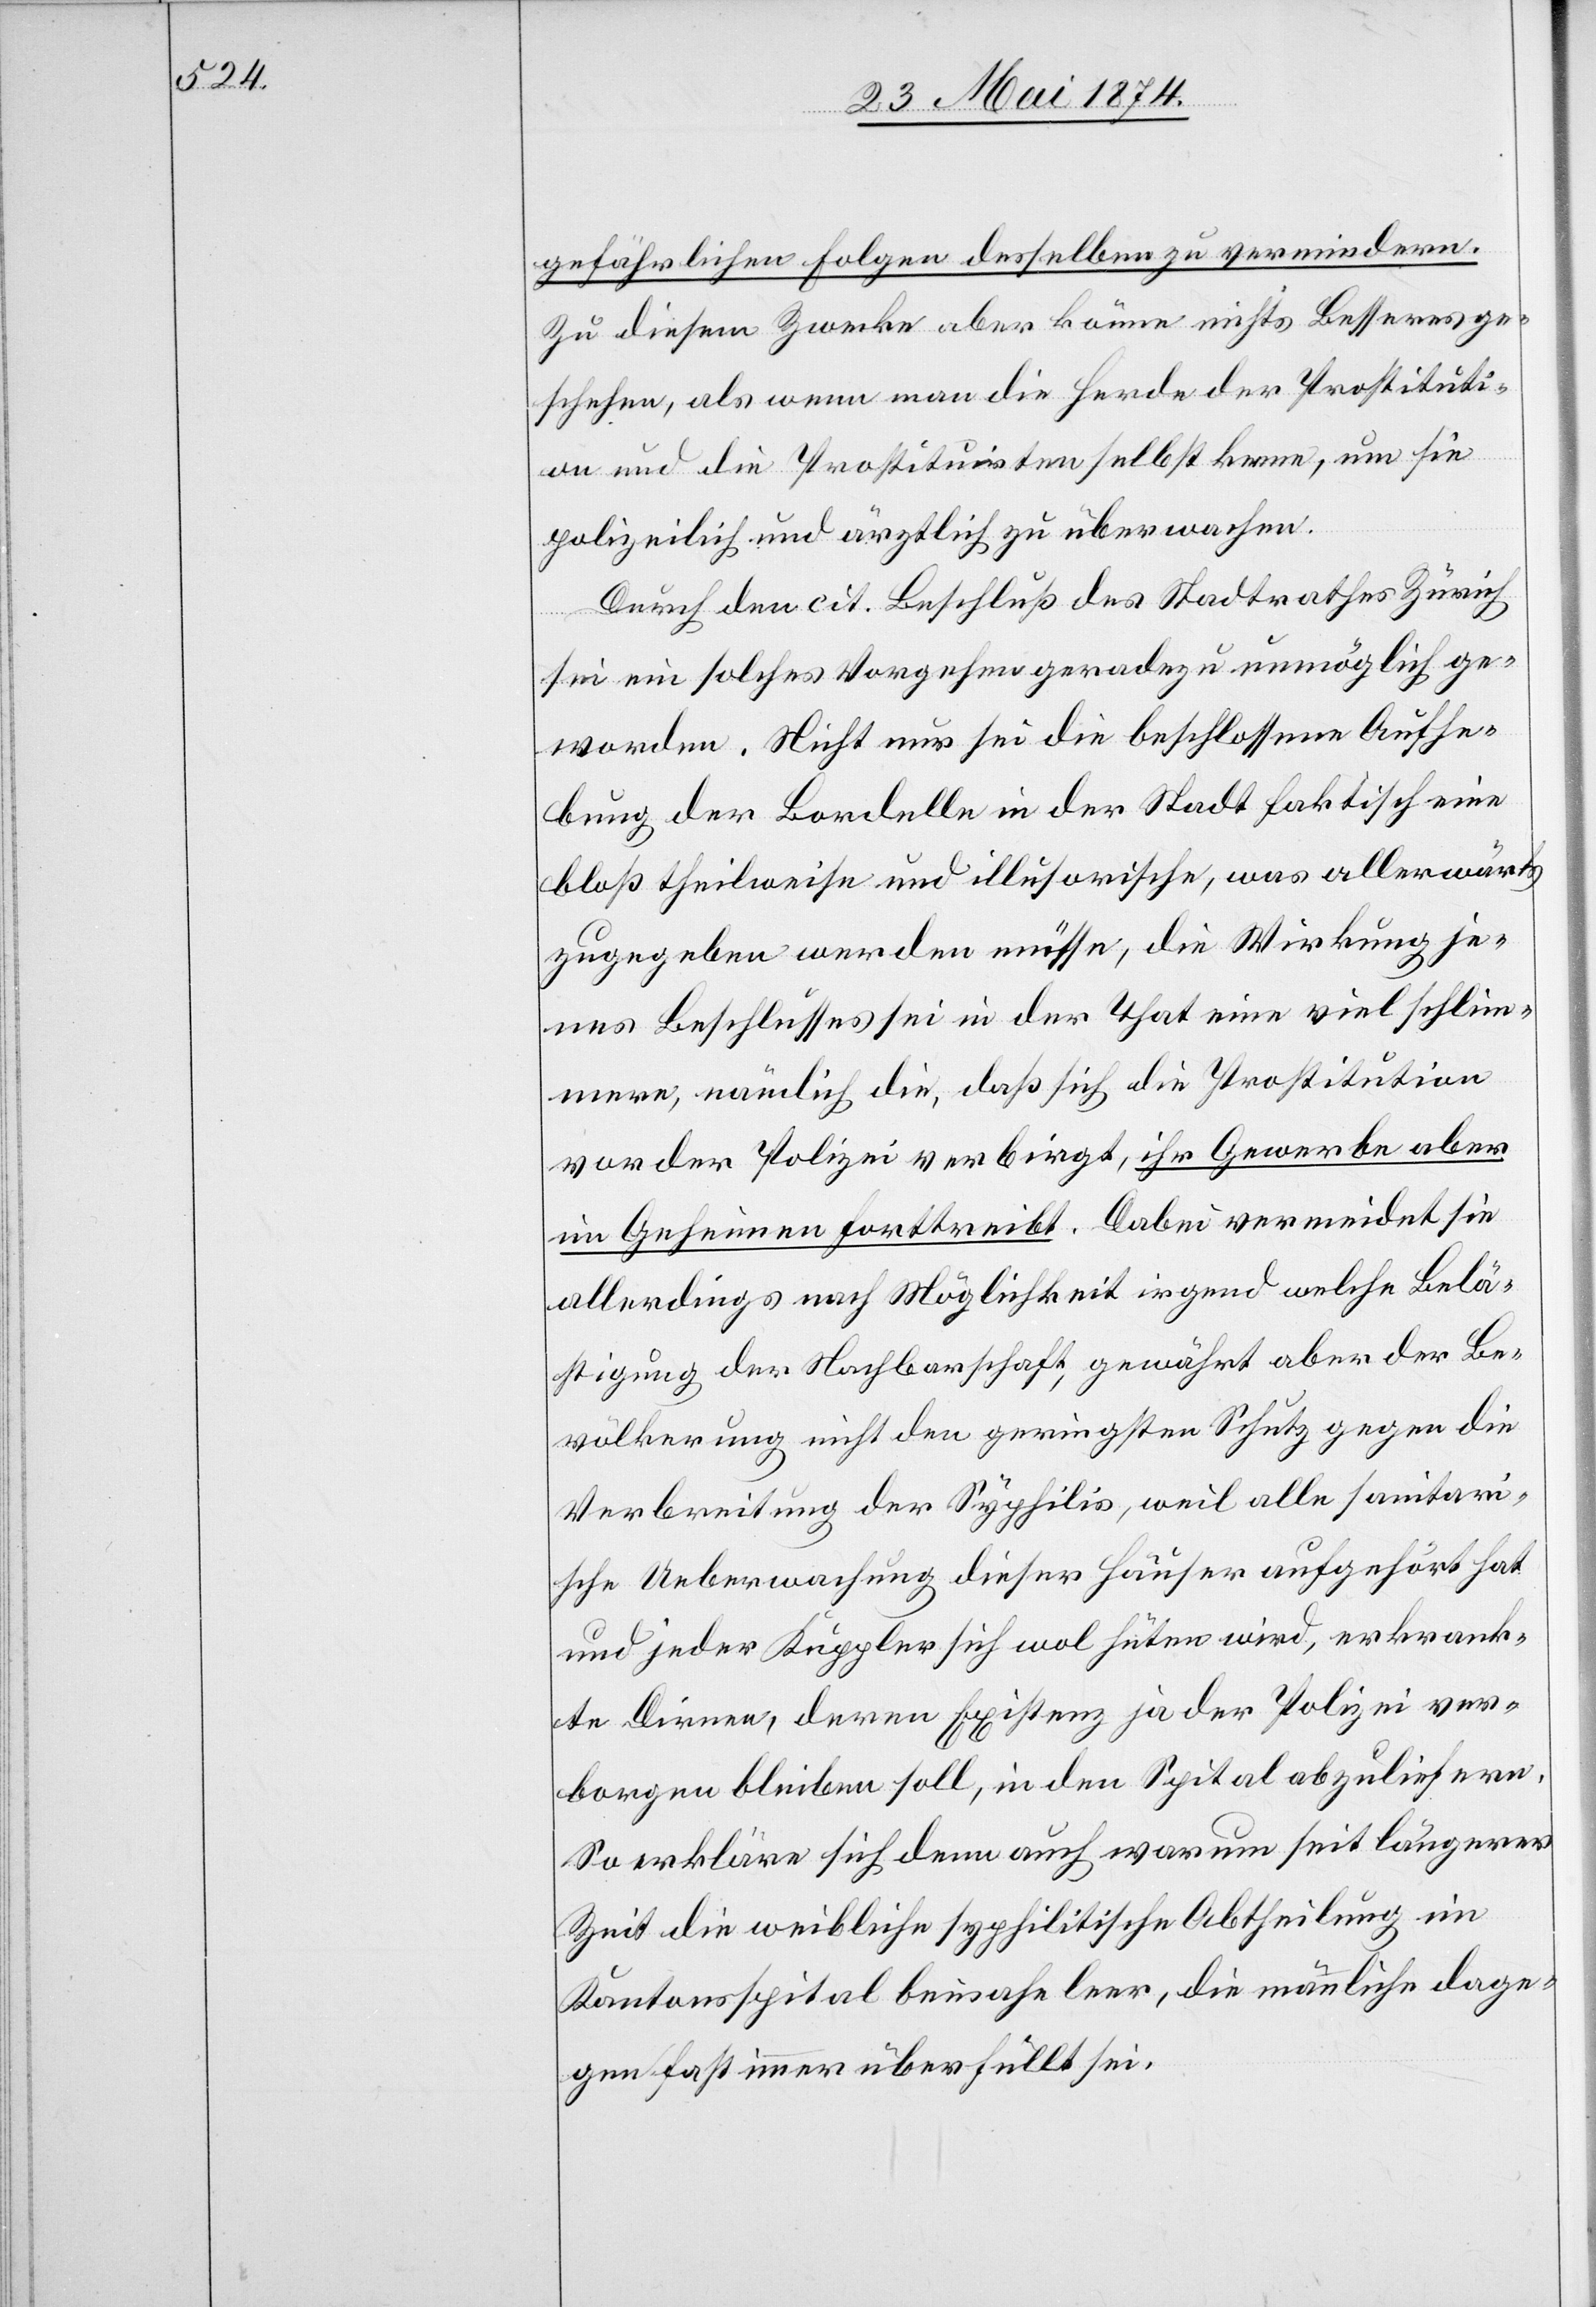
gefährlichen Folgen desselben zu vermindern.
Zu diesem Zwecke aber könne nichts Besseres ge¬
schehen, als wenn man die Herde der Prostituti¬
on und die Prostituirten selbst kenne, um sie
polizeilich und ärztlich zu überwachen.
Durch den cit. Beschluß des Stadtrathes Zürich
sei ein solches Vorgehen geradezu unmöglich ge¬
worden. Nicht nur sei die beschlossene Aufhe¬
bung der Bordelle in der Stadt faktisch eine
bloß theilweise und illusorische, was allerwärts
zugegeben werden müsse, die Wirkung je¬
nes Beschlusses sei in der That eine viel schlim¬
mere, nämlich die, daß sich die Prostitution
vor der Polizei verbirgt, ihr Gewerbe aber
im Geheimen fortreibt. Dabei vermeidet sie
allerdings nach Möglichkeit irgend welche Belä¬
stigung der Nachbarschaft, gewährt aber der Be¬
völkerung nicht den geringsten Schutz gegen die
Verbreitung der Syphilis, weil alle sanitari¬
sche Ueberwachung dieses Häuser aufgehört hat
und jeder Kuppler sich wol hüten wird, erkrank¬
te Dirnen, deren Existenz ja der Polizei ver¬
borgen bleiben soll, in den Spital abzuliefern.
So erkläre sich denn auch warum seit längerer
Zeit die weibliche syphilitische Abtheilung im
Kantonsspital beinahe leer, die männliche dage¬
gen fast immer überfüllt sei.